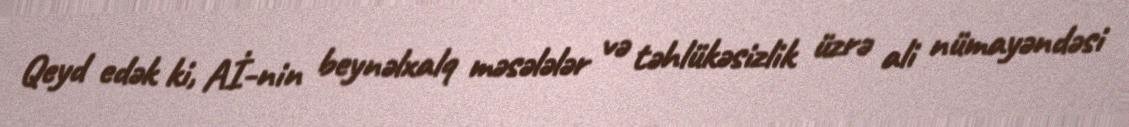
Qeyd edək ki, Aİ-nin beynəlxalq məsələlər və təhlükəsizlik üzrə ali nümayəndəsi